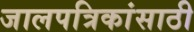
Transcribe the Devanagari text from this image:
जालपत्रिकांसाठी